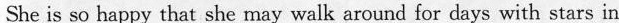
She is so happy that she may walk around for days with stars in